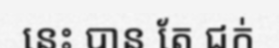
នេះ បាន តែ ជក់